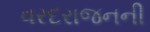
વરદરાજનની